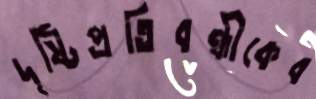
দৃষ্টিপ্রতিবন্ধীকেব